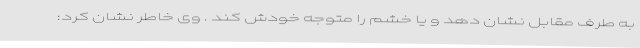
به طرف مقابل نشان دهد و یا خشم را متوجه خودش کند . وی خاطر نشان کرد: